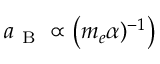
a _ { \mathrm { ~ B ~ } } \propto \left( m _ { e } \alpha ) ^ { - 1 } \right)